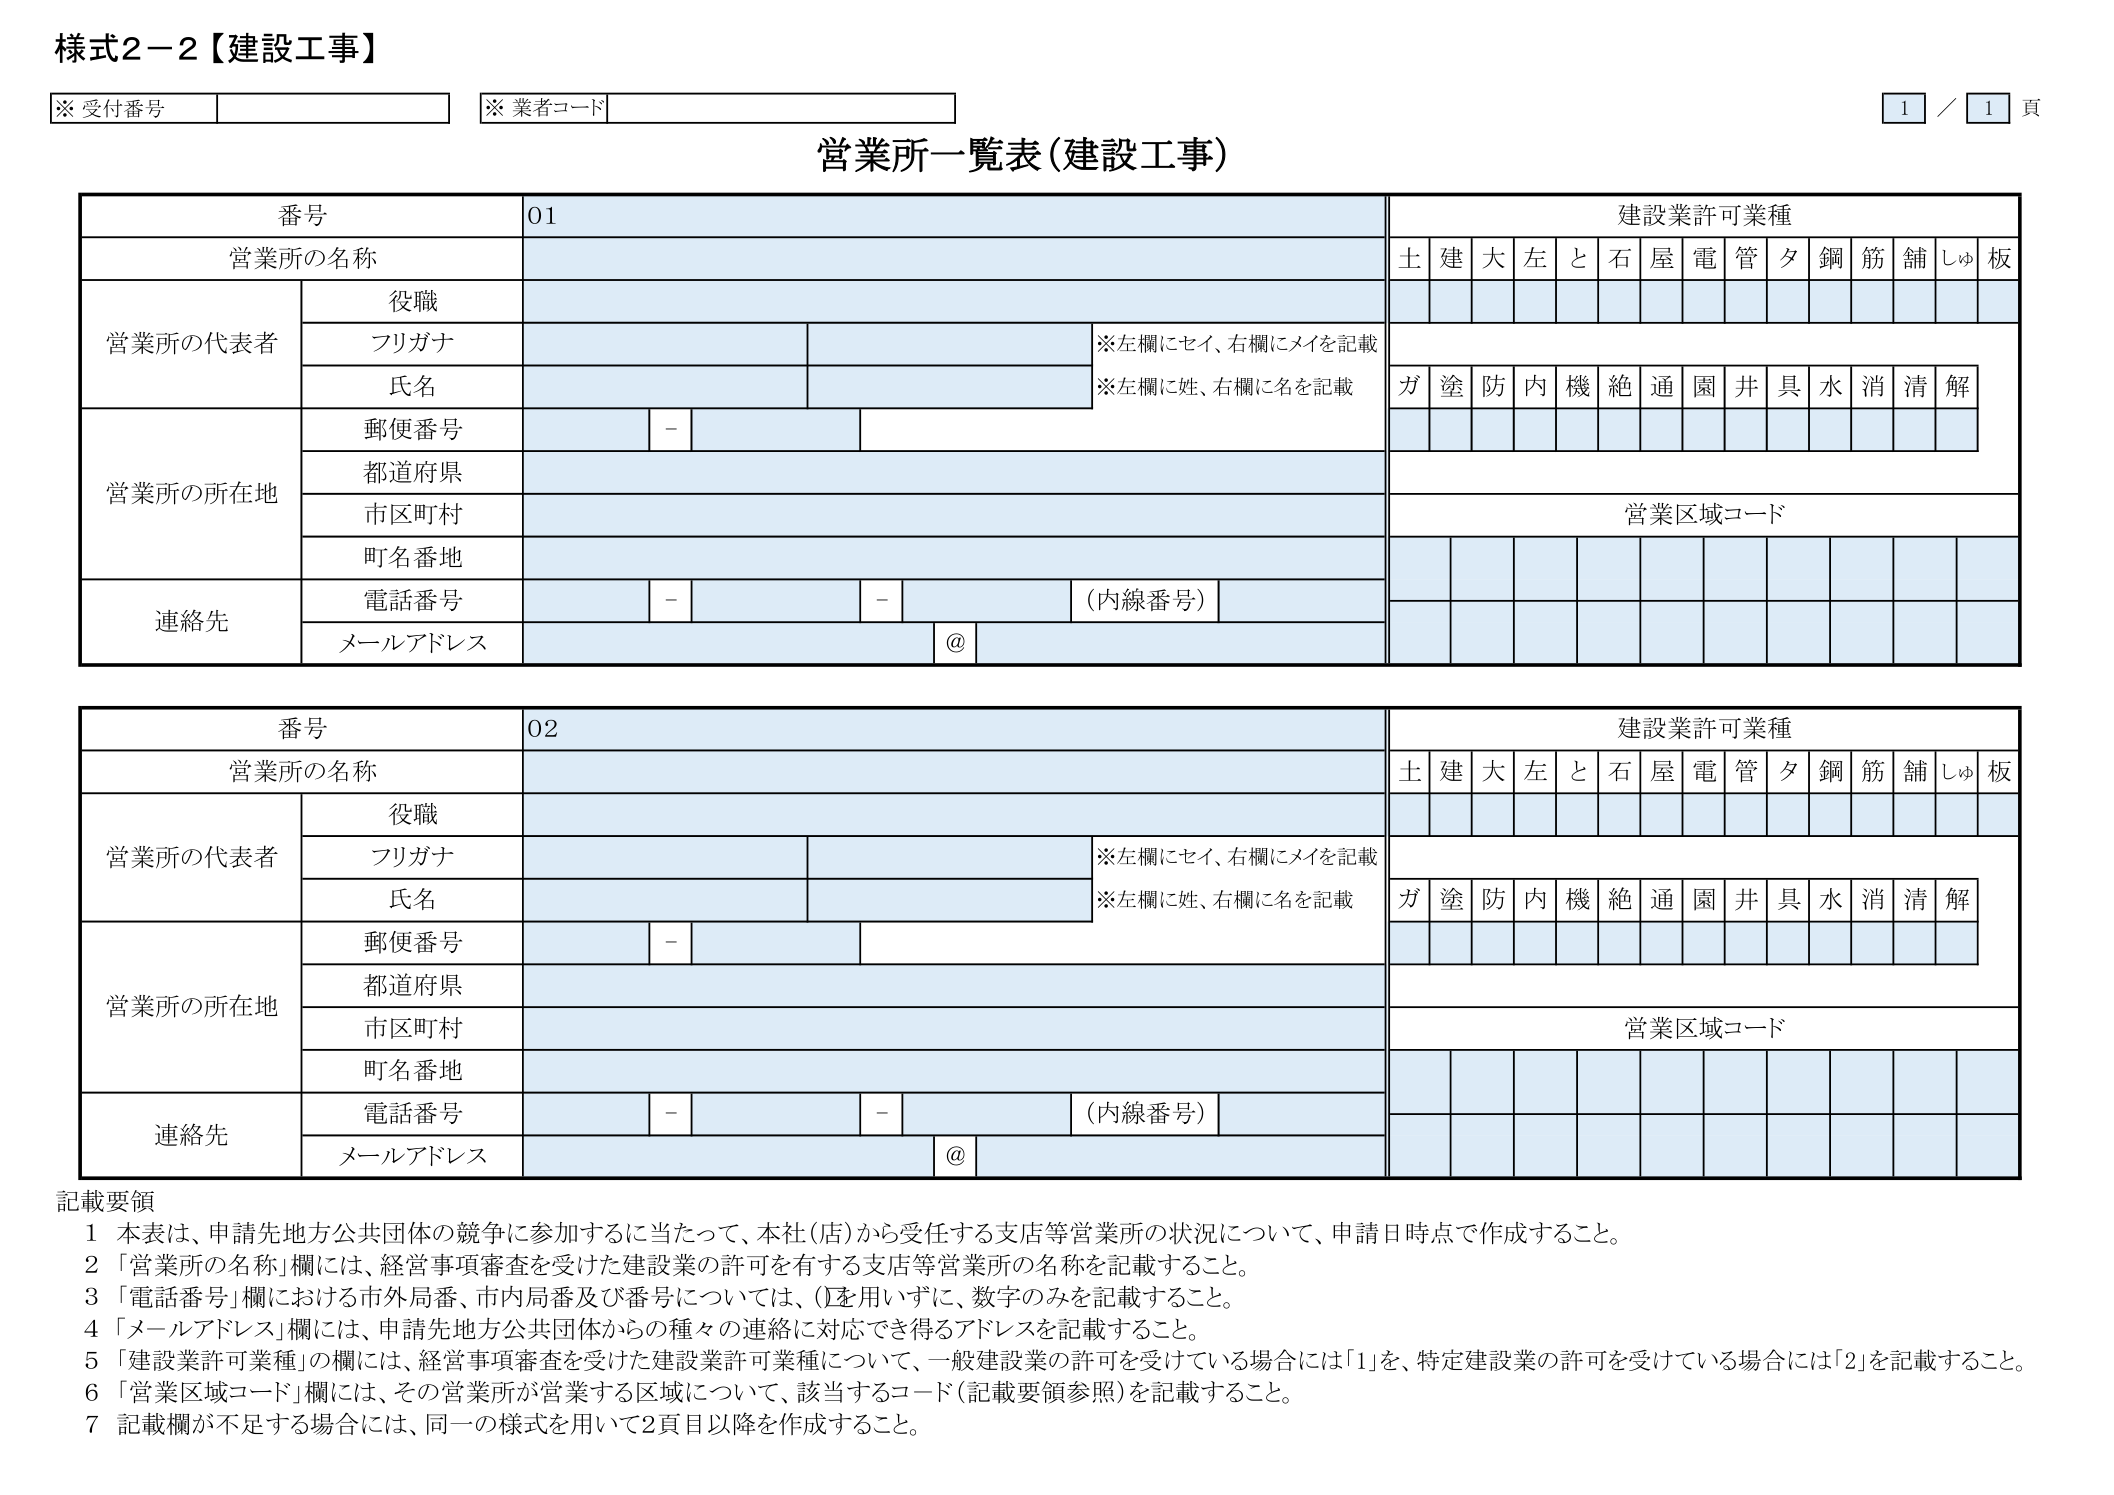
様式2-2【建設工事】

※受付番号
※業者コード

1／1頁

営業所一覧表（建設工事）

番号 01
営業所の名称

建設業許可業種
土 建 大 左 と 石 屋 電 管 夕 鋼 筋 舗 しゅ 板

営業所の代表者
役職
フリガナ
※左欄にセイ、右欄にメイを記載
氏名
※左欄に姓、右欄に名を記載

ガ 塗 防 内 機 絶 通 園 井 具 水 消 清 解

営業所の所在地
郵便番号 -
都道府県
市区町村
町名番地

営業区域コード

連絡先
電話番号 - - （内線番号）
メールアドレス @

番号 02
営業所の名称

建設業許可業種
土 建 大 左 と 石 屋 電 管 夕 鋼 筋 舗 しゅ 板

営業所の代表者
役職
フリガナ
※左欄にセイ、右欄にメイを記載
氏名
※左欄に姓、右欄に名を記載

ガ 塗 防 内 機 絶 通 園 井 具 水 消 清 解

営業所の所在地
郵便番号 -
都道府県
市区町村
町名番地

営業区域コード

連絡先
電話番号 - - （内線番号）
メールアドレス @

記載要領
1 本表は、申請先地方公共団体の競争に参加するに当たって、本社（店）から受任する支店等営業所の状況について、申請日時点で作成すること。
2 「営業所の名称」欄には、経営事項審査を受けた建設業の許可を有する支店等営業所の名称を記載すること。
3 「電話番号」欄における市外局番、市内局番及び番号については、()を用いずに、数字のみを記載すること。
4 「メールアドレス」欄には、申請先地方公共団体からの種々の連絡に対応でき得るアドレスを記載すること。
5 「建設業許可業種」の欄には、経営事項審査を受けた建設業許可業種について、一般建設業の許可を受けている場合には「1」を、特定建設業の許可を受けている場合には「2」を記載すること。
6 「営業区域コード」欄には、その営業所が営業する区域について、該当するコード（記載要領参照）を記載すること。
7 記載欄が不足する場合は、同一の様式を用いて2頁目以降を作成すること。